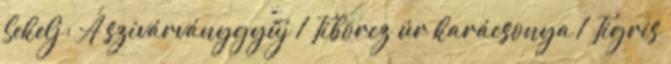
Sekelj: A szivárványgyűj 1 Tiborcz úr karácsonya 1 Tigris